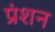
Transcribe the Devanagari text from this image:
प्रंशन